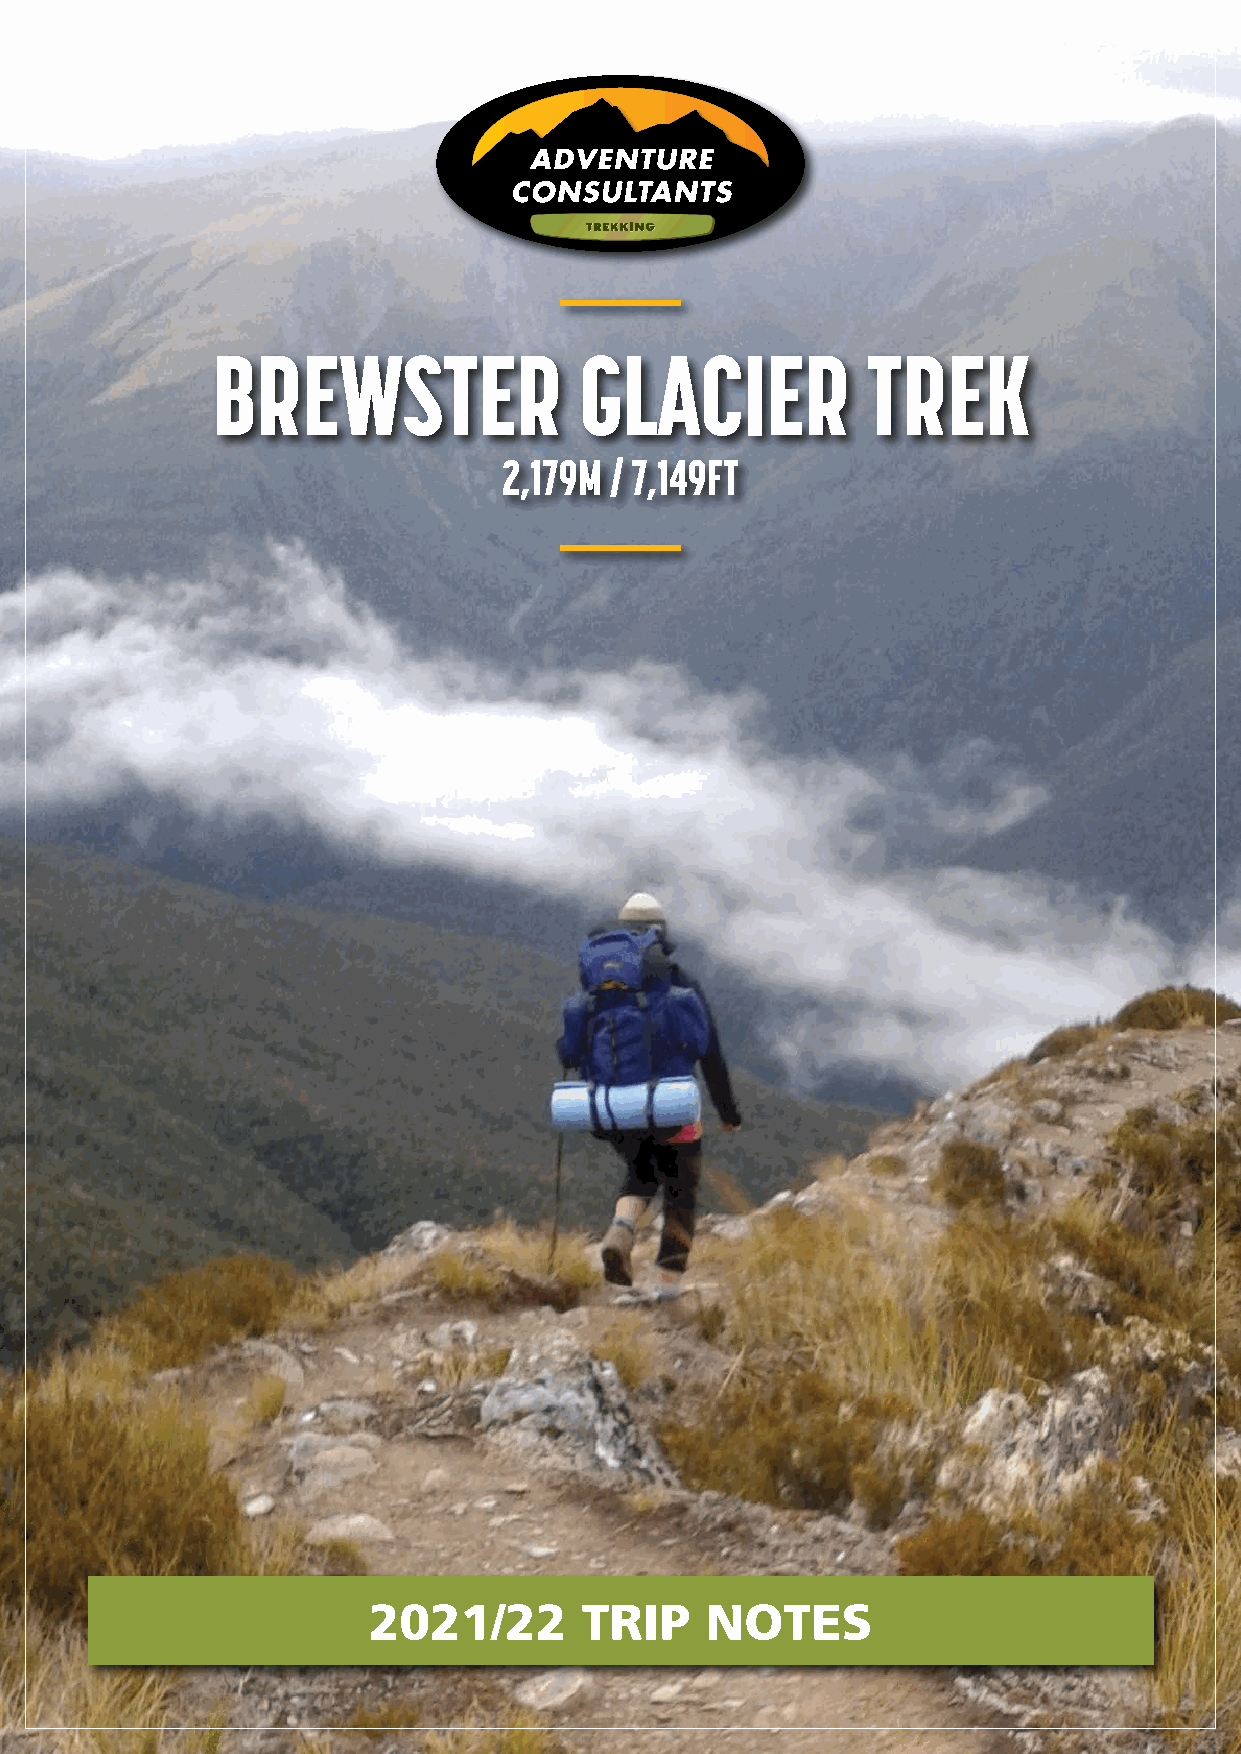
BREWSTER                GLACIER            TREK
 2,179M / 7,149FT
 2021/22       TRIP     NOTES